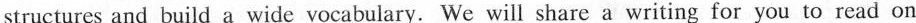
structures and build a wide vocabulary. We will share a writing for you to read on